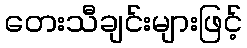
တေးသီချင်းများဖြင့်